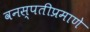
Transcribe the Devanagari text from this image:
वनस्पतीप्रमाणे